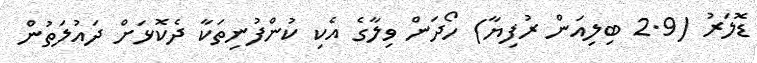
ޑޮލަރު (2.9 ބިލިއަން ރުފިޔާ) ހޯދަން ވިލާގެ އެކި ކުންފުނިތަކާ ދެކޮޅަށް ދައުލަތުން